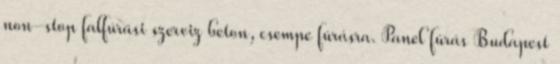
non-stop falfúrási szerviz beton, csempe fúrásra. Panel fúrás Budapest